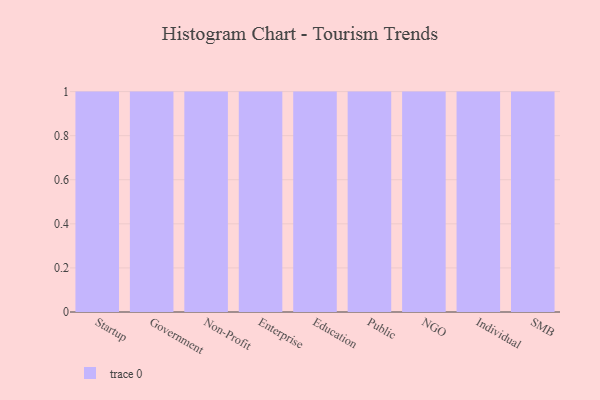
{"axis": {"x": "Segment", "y": "Inventory Turnover"}, "legend": [""], "data": [{"x": "Startup", "y": 69, "type": ""}, {"x": "Government", "y": 47, "type": ""}, {"x": "Non-Profit", "y": 90, "type": ""}, {"x": "Enterprise", "y": 71, "type": ""}, {"x": "Education", "y": 51, "type": ""}, {"x": "Public", "y": 47, "type": ""}, {"x": "NGO", "y": 93, "type": ""}, {"x": "Individual", "y": 53, "type": ""}, {"x": "SMB", "y": 97, "type": ""}]}